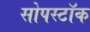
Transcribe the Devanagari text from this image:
सोपस्टॉक